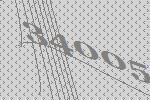
34005